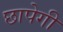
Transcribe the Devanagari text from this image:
छापेगी